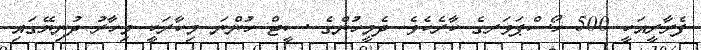
ފެރާރީއަކީ 500 ހޯސްޕަވަރގެ ކާރެކެވެ. ދެމީހުންގެ ސީޓް ހުންނަ މިކާރަކީ މިހާރު ދުނިޔޭގައި